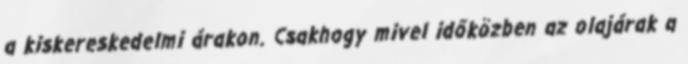
a kiskereskedelmi árakon. Csakhogy mivel időközben az olajárak a